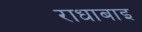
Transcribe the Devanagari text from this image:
राधाबाइ